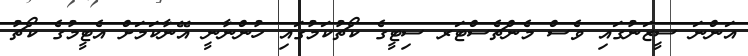
އަންނަ ސީޒަނުގައި ވެސް މެންޗެސްޓަރ ސިޓީގެ ކޯޗުކަމުގައި ހުންނާނީ އޭނާކަމަށް އެޓީމުގެ ކޯޗު